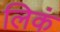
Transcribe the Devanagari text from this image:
लिकं